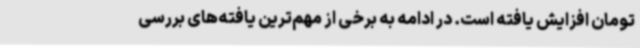
تومان افزایش یافته است. در ادامه به برخی از مهم‌ترین یافته‌های بررسی